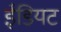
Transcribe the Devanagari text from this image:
ईडियट